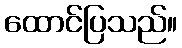
ထောင်ပြသည်။